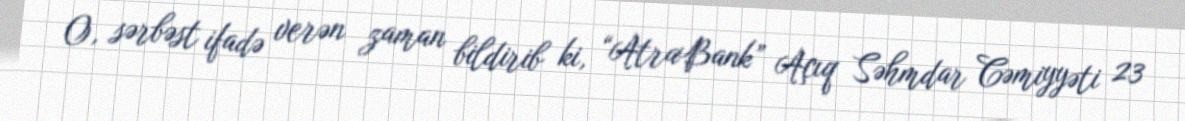
O, sərbəst ifadə verən zaman bildirib ki, “AtraBank” Açıq Səhmdar Cəmiyyəti 23